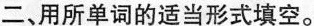
二、用所单词的适当形式填空。